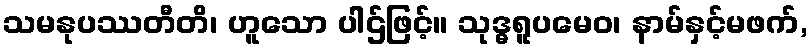
သမနုပဿတီတိ၊ ဟူသော ပါဌ်ဖြင့်။ သုဒ္ဓရူပမေဝ၊ နာမ်နှင့်မဖက်,